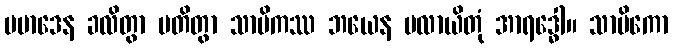
ပမာဒေန ခလိတွာ ပတိတွာ သာမိကဿ ဘယေန ပလာယိတုံ အာရဒ္ဓေါ။ သာမိကော